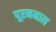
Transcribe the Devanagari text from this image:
पूरनमाल